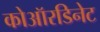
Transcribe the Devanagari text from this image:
कोऑरडिनेट